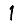
Digit: 1